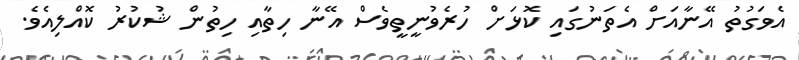
އެވަގުތު އޭނާއަށް އެތަނުގައި ކޮޅަށް ހުރެވުނީތީވެސް އޭނާ ހިތާއި ހިތުން ޝުކުރު ކޮއްލިއެވެ.